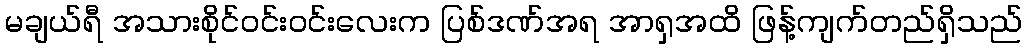
မချယ်ရီ အသားစိုင်ဝင်းဝင်းလေးက ပြစ်ဒဏ်အရ အာရှအထိ ဖြန့်ကျက်တည်ရှိသည်